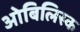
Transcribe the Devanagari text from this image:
ओबिलिस्क